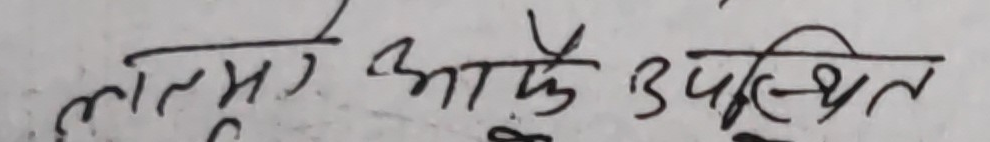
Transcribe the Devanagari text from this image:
लागे आपके उपस्थिति